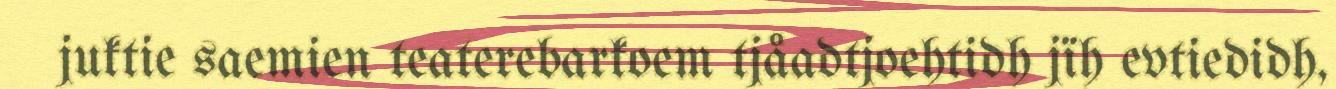
juktie saemien teaterebarkoem tjåadtjoehtidh jïh evtiedidh,